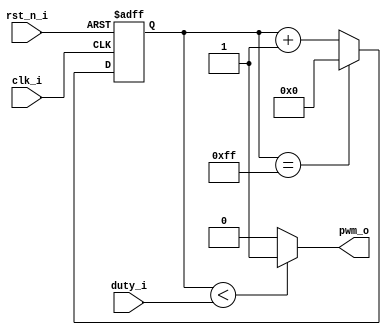
module PWM(
        input clk_i,
        input rst_n_i,
        input [7:0] duty_i,
        output pwm_o
    );

    reg [7:0] cnt_r;

    always @(posedge clk_i or negedge rst_n_i) begin
        if (!rst_n_i) begin
            cnt_r <= 0;
        end
        else begin
            cnt_r <= (cnt_r == 255) ? 0 : cnt_r + 1;
        end
    end

    assign pwm_o = (cnt_r < duty_i) ? 1'b1 : 1'b0;

endmodule